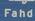
fahd